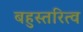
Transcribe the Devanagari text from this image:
बहुस्तरित्व